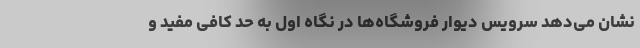
نشان می‌دهد سرویس دیوار فروشگاه‌ها در نگاه اول به حد کافی مفید و